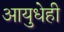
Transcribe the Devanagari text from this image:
आयुधेही